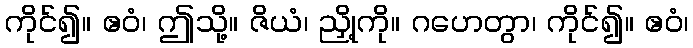
ကိုင်၍။ ဧဝံ၊ ဤသို့။ ဇိယံ၊ ညှို့ကို။ ဂဟေတွာ၊ ကိုင်၍။ ဧဝံ၊